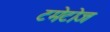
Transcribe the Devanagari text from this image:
टमेटोज